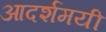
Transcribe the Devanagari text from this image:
आदर्शमयी